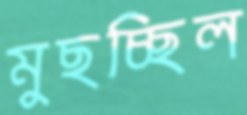
মুছচ্ছিল